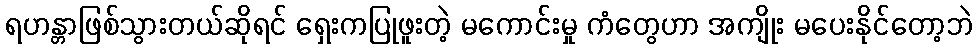
ရဟန္တာဖြစ်သွားတယ်ဆိုရင် ရှေးကပြုဖူးတဲ့ မကောင်းမှု ကံတွေဟာ အကျိုး မပေးနိုင်တော့ဘဲ